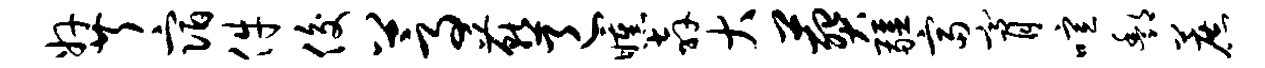
奸芹宿件俊蒿燕邑曛奔大葬疆富膏喧酆蔗